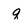
Character: q